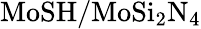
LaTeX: \mathrm{MoSH/MoSi_{2}N_{4}}